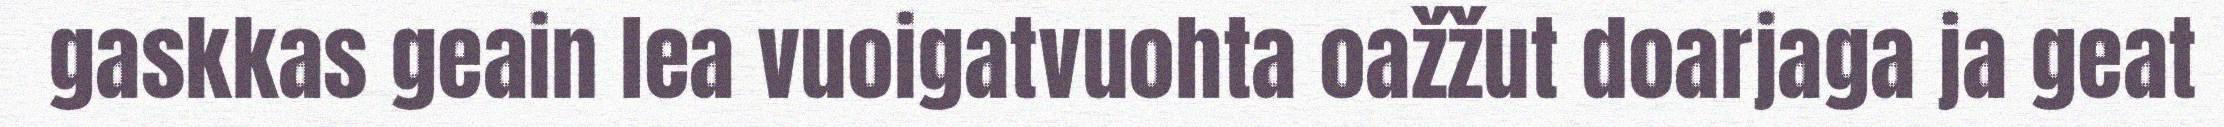
gaskkas geain lea vuoigatvuohta oažžut doarjaga ja geat